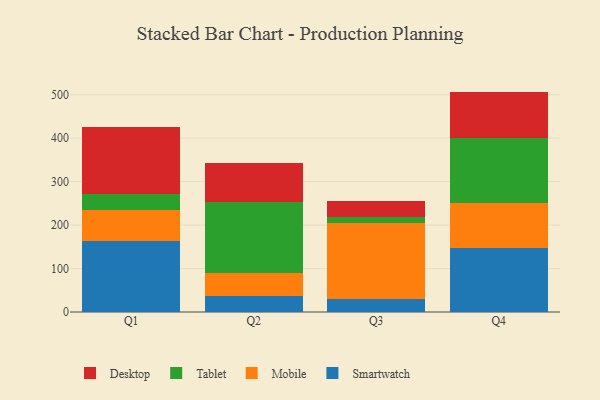
{"axis": {"x": "Quarter", "y": "Operating Costs (USD K)"}, "legend": ["Desktop", "Mobile", "Smartwatch", "Tablet"], "data": [{"x": "Q1", "y": 162.8, "type": "Smartwatch"}, {"x": "Q1", "y": 71.9, "type": "Mobile"}, {"x": "Q1", "y": 37.0, "type": "Tablet"}, {"x": "Q1", "y": 154.4, "type": "Desktop"}, {"x": "Q2", "y": 37.8, "type": "Smartwatch"}, {"x": "Q2", "y": 51.2, "type": "Mobile"}, {"x": "Q2", "y": 163.6, "type": "Tablet"}, {"x": "Q2", "y": 89.5, "type": "Desktop"}, {"x": "Q3", "y": 28.8, "type": "Smartwatch"}, {"x": "Q3", "y": 175.8, "type": "Mobile"}, {"x": "Q3", "y": 13.0, "type": "Tablet"}, {"x": "Q3", "y": 38.8, "type": "Desktop"}, {"x": "Q4", "y": 147.6, "type": "Smartwatch"}, {"x": "Q4", "y": 104.1, "type": "Mobile"}, {"x": "Q4", "y": 148.5, "type": "Tablet"}, {"x": "Q4", "y": 106.9, "type": "Desktop"}]}